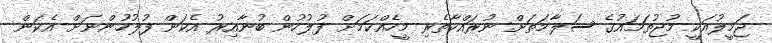
ޖަމީލުއަކީ މުޖުތަމައުގެ ސަލާމަތަށް ނުރައްކާތެރި މީހެއްކަމަށް ފުލުހުން ބުނާއިރު އެކަން ފުލުހުންނަށް އެކަން